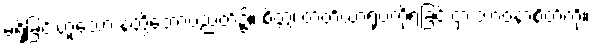
မရှိခြင်းဟူသော နတ္ထိဘောပညတ်၌။ စိတ္တံ၊ တတိယာရုပ္ပကိုရခြင်းငှာ ဘာဝနာစိတ်ကို။